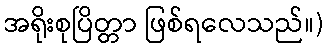
အရိုးစုပြိတ္တာ ဖြစ်ရလေသည်။)